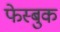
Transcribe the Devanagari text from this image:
फेस्बुक